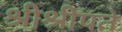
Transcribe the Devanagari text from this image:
श्रीश्रीपते